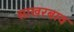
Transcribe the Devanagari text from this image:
साखरबाव